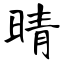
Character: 睛